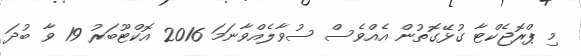
މި ޕްރޮޖެކްޓާ ގުޅޭގޮތުން އެއްވެސް ސުވާލެއްވާނަމަ 2016 އޮކްޓޫބަރު 19 ވާ ބުދަ